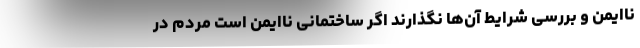
ناایمن و بررسی شرایط آن‌ها نگذارند اگر ساختمانی ناایمن است مردم در